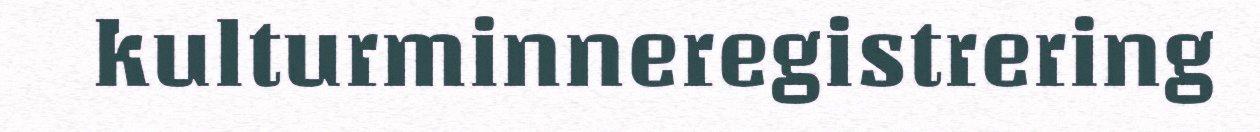
kulturminneregistrering